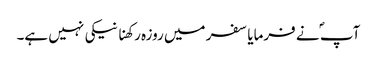
آپ ؐ نے فرمایا سفر میں روزہ رکھنا نیکی نہیں ہے۔